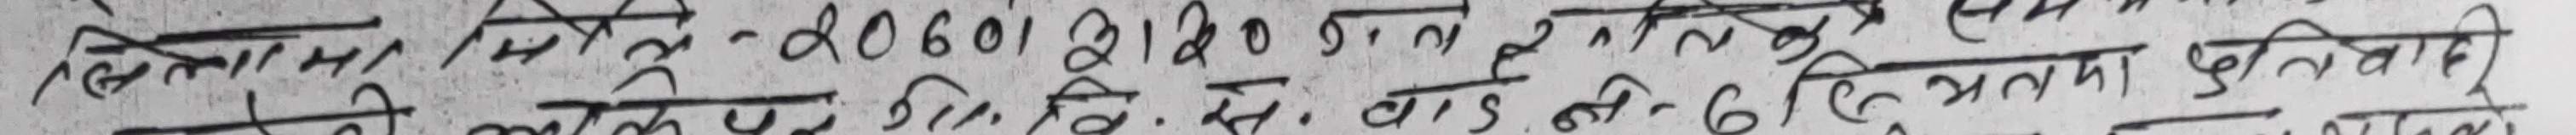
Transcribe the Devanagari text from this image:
सिध्दमा मै-२०६०१२१०. जु.ना. २ तले समया प्रतितिरी
सियति अष्ट मि.नं. बाउण्ड हिरु जि घना प्रतिबन्धी